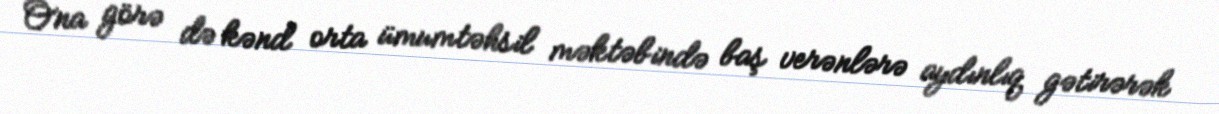
Ona görə də kənd orta ümumtəhsil məktəbində baş verənlərə aydınlıq gətirərək